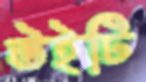
উইটি